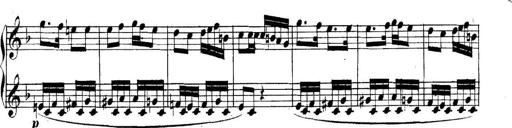
Title: Collected Piano Sonatas
Composer: Muzio Clementi